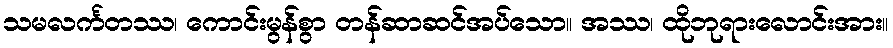
သမလင်္ကတဿ၊ ကောင်းမွန်စွာ တန်ဆာဆင်အပ်သော။ အဿ၊ ထိုဘုရားလောင်းအား။